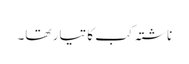
ناشتہ کب کا تیار تھا۔